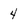
Character: 4